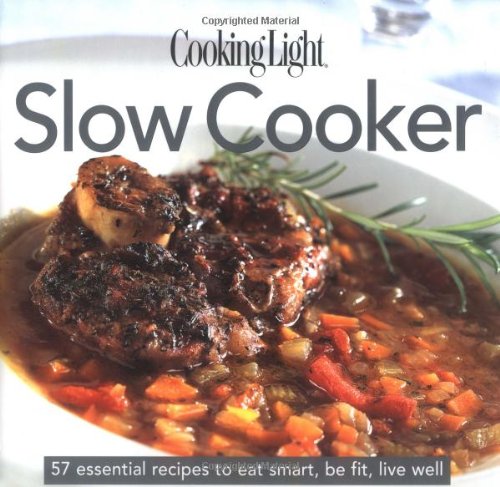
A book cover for Cooking Light: Slow Cooker; Cookbooks, Food & Wine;